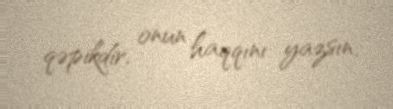
qəpikdir, onun haqqını yazsın.